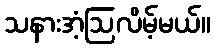
သနားအံ့ဩလိမ့်မယ်။